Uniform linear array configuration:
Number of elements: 32
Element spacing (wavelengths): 0.25
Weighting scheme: uniform
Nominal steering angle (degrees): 30
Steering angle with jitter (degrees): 31.105
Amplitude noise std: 0.05
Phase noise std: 0.05

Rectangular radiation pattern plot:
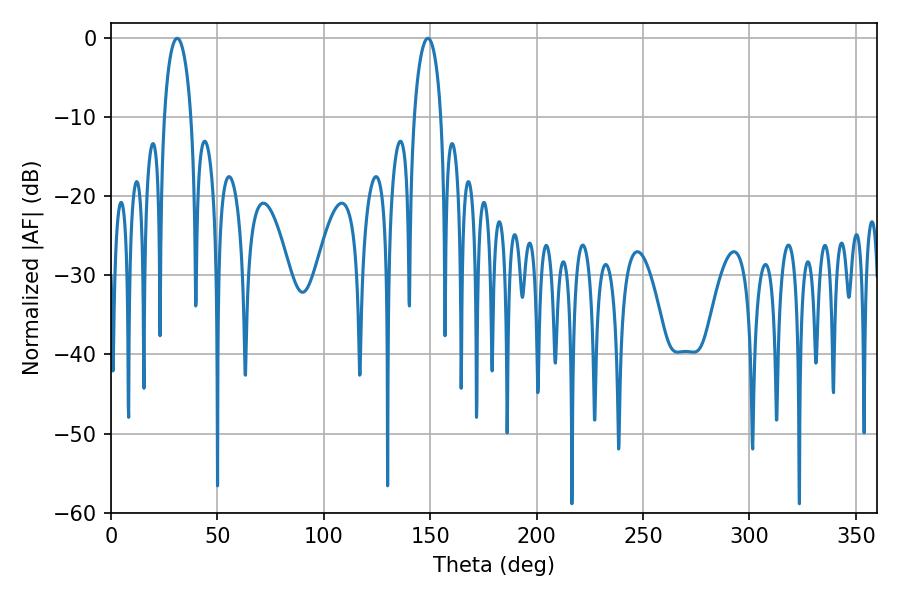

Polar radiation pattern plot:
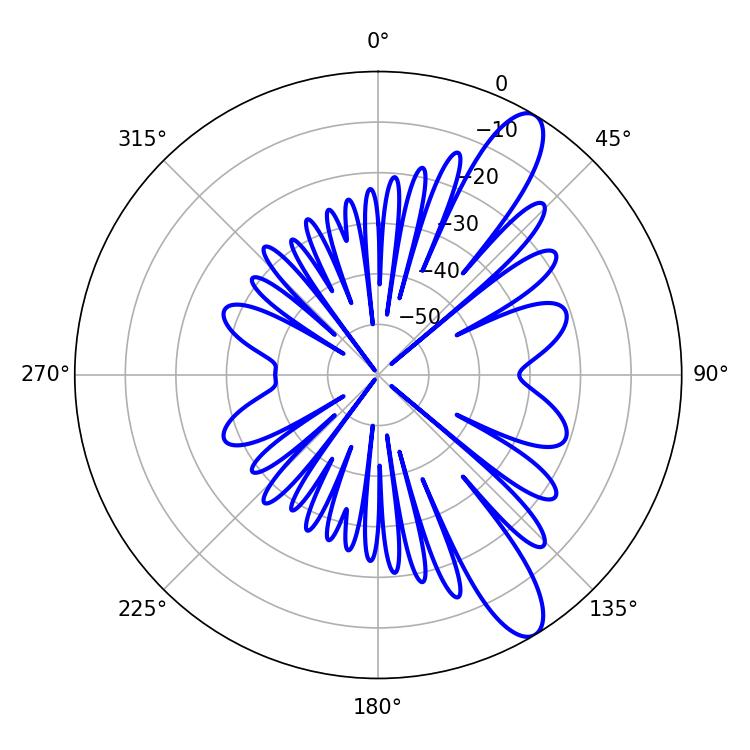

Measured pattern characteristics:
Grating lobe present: FALSE
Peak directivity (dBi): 11.242
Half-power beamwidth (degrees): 7.2
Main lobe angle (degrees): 31.14